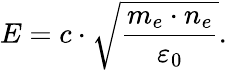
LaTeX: E=c\cdot{\sqrt{\frac{m_{e}\cdot n_{e}}{\varepsilon_{0}}}}.